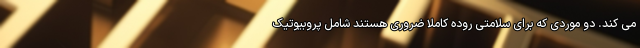
می کند. دو موردی که برای سلامتی روده کاملا ضروری هستند شامل پروبیوتیک